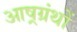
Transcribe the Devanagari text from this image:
आष्रग्रंथों